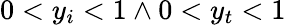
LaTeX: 0<y_{i}<1\land 0<y_{t}<1